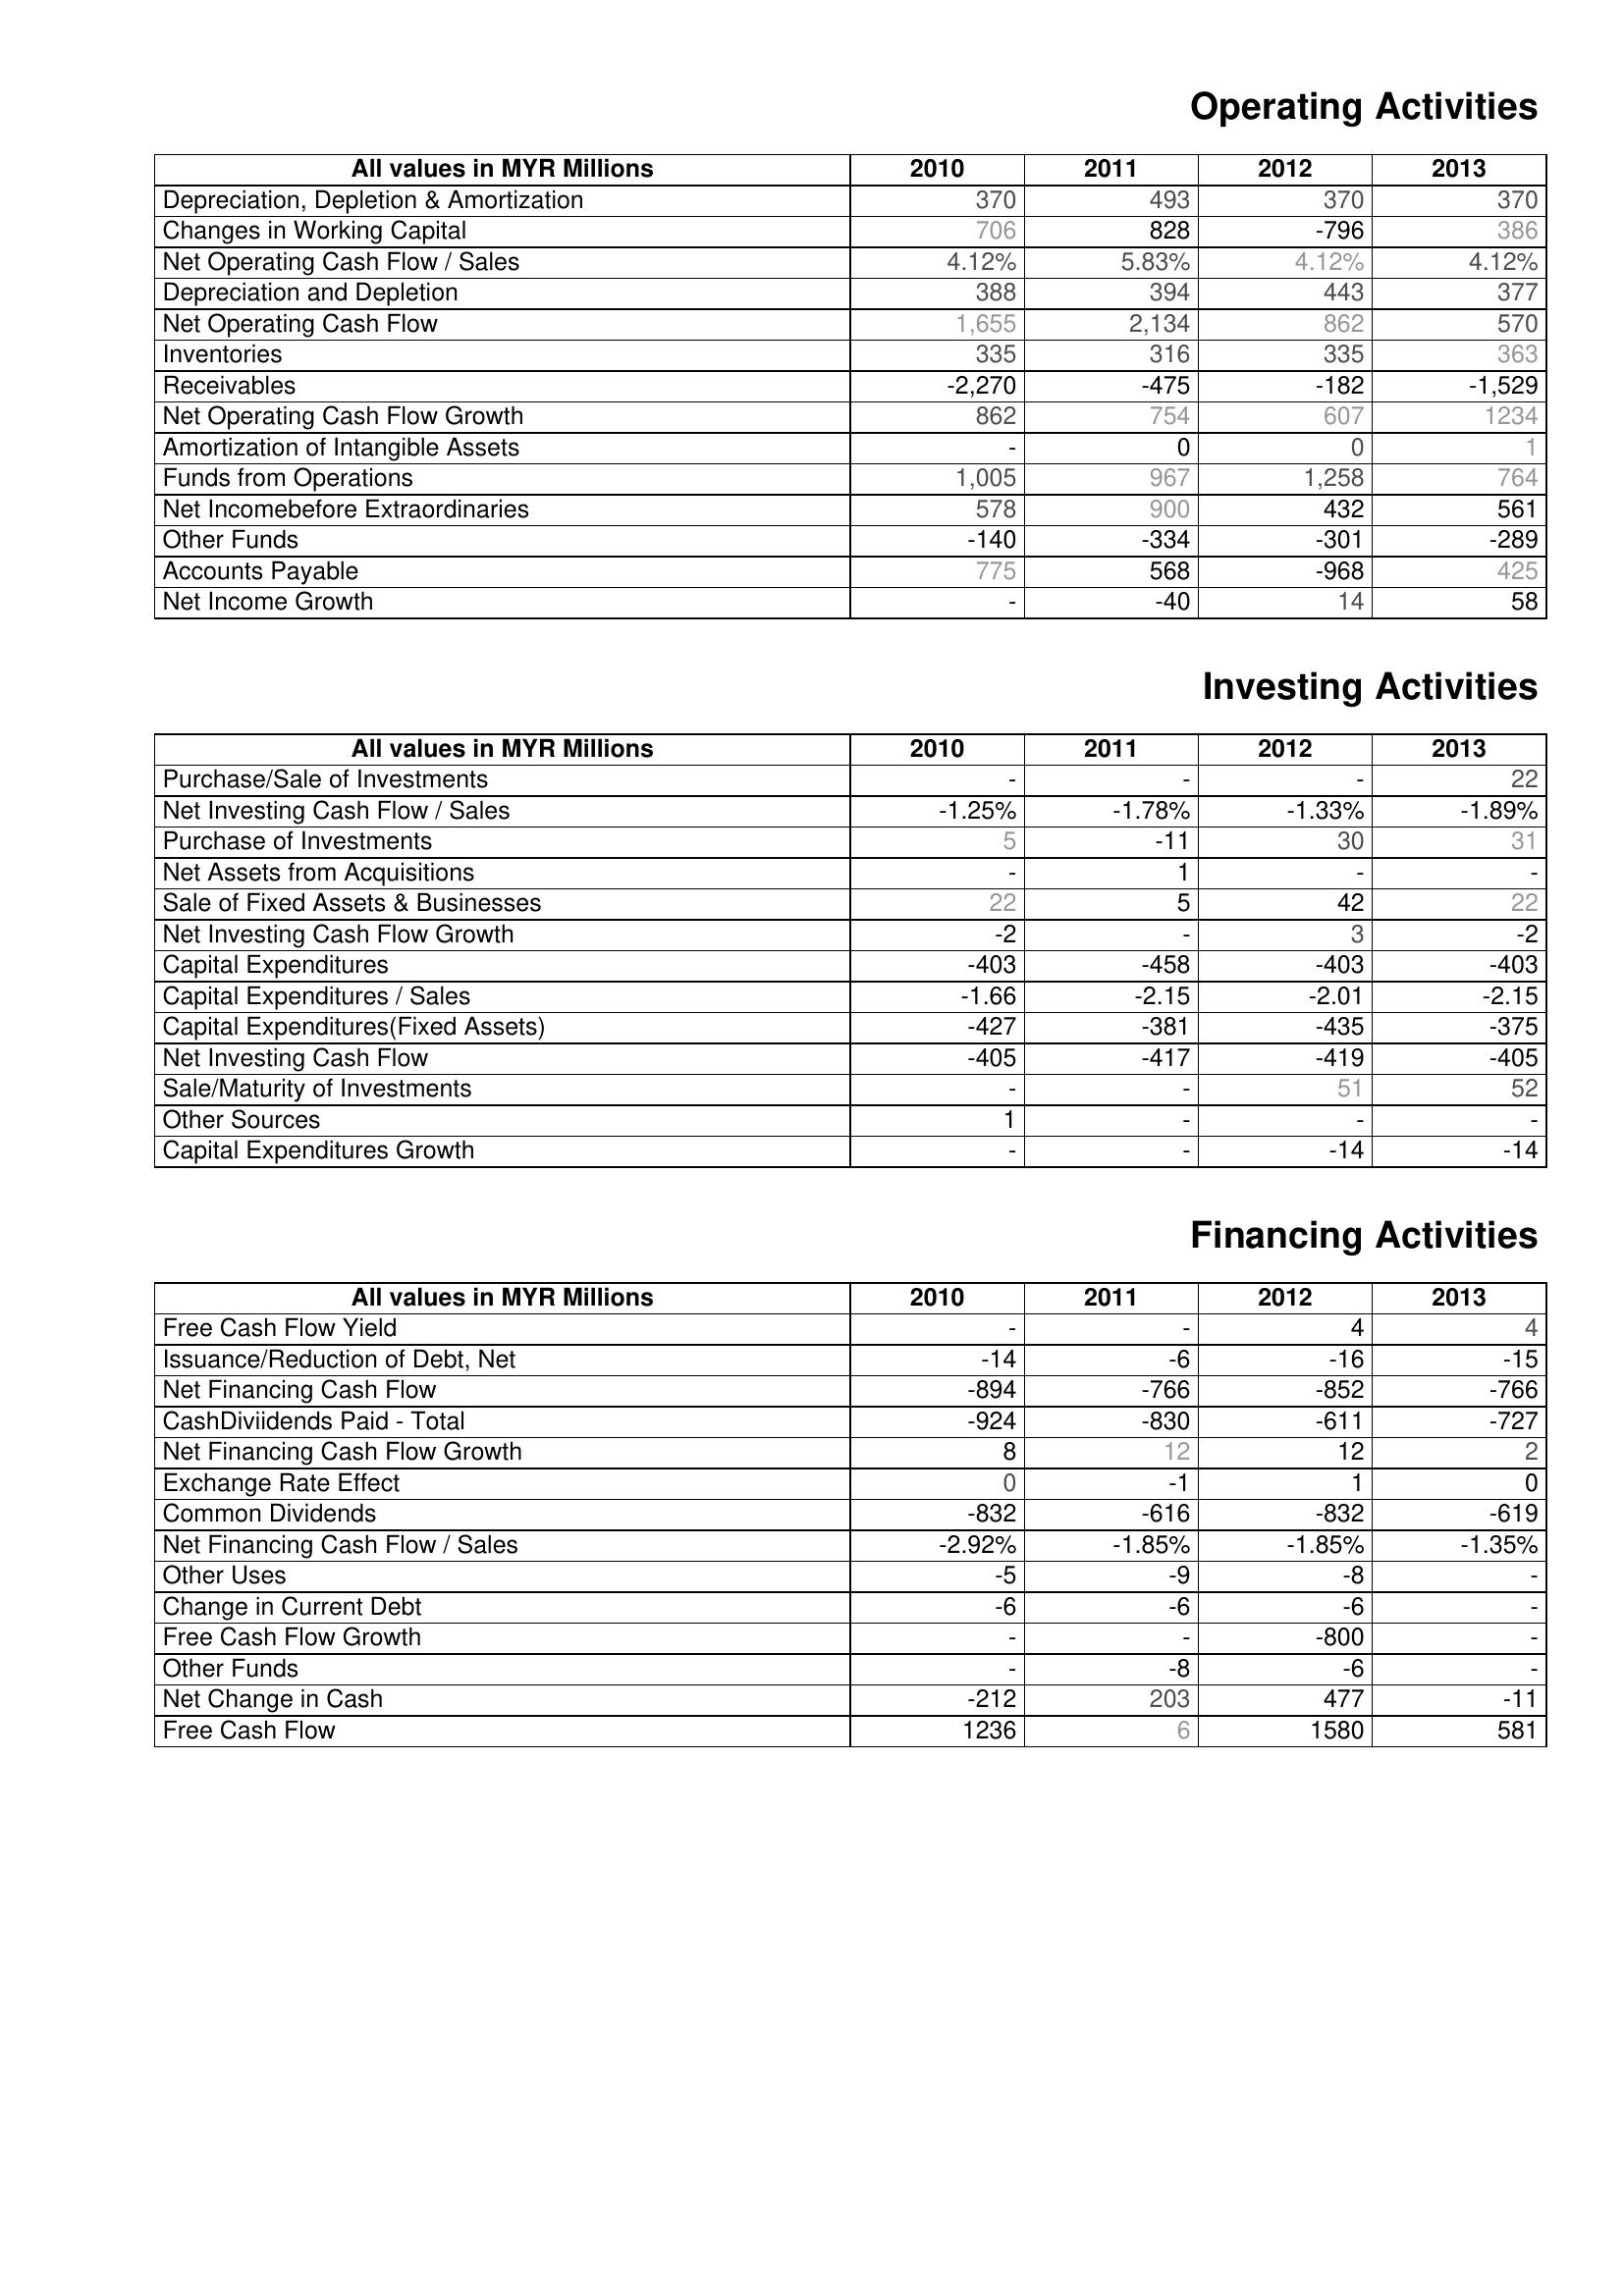
2010: Operating Activities: Depreciation, Depletion & Amortization: 370
Changes in Working Capital: 706
Net Operating Cash Flow / Sales: 4.12%
Depreciation and Depletion: 388
Net Operating Cash Flow: 1,655
Inventories: 335
Receivables: -2,270
Net Operating Cash Flow Growth: 862
Amortization of Intangible Assets: -
Funds from Operations: 1,005
Net Incomebefore Extraordinaries: 578
Other Funds: -140
Accounts Payable: 775
Net Income Growth: -
Investing Activities: Purchase/Sale of Investments: -
Net Investing Cash Flow / Sales: -1.25%
Purchase of Investments: 5
Net Assets from Acquisitions: -
Sale of Fixed Assets & Businesses: 22
Net Investing Cash Flow Growth: -2
Capital Expenditures: -403
Capital Expenditures / Sales: -1.66
Capital Expenditures(Fixed Assets): -427
Net Investing Cash Flow: -405
Sale/Maturity of Investments: -
Other Sources: 1
Capital Expenditures Growth: -
Financing Activities: Free Cash Flow Yield: -
Issuance/Reduction of Debt, Net: -14
Net Financing Cash Flow: -894
CashDiviidends Paid - Total: -924
Net Financing Cash Flow Growth: 8
Exchange Rate Effect: 0
Common Dividends: -832
Net Financing Cash Flow / Sales: -2.92%
Other Uses: -5
Change in Current Debt: -6
Free Cash Flow Growth: -
Other Funds: -
Net Change in Cash: -212
Free Cash Flow: 1236
2011: Operating Activities: Depreciation, Depletion & Amortization: 493
Changes in Working Capital: 828
Net Operating Cash Flow / Sales: 5.83%
Depreciation and Depletion: 394
Net Operating Cash Flow: 2,134
Inventories: 316
Receivables: -475
Net Operating Cash Flow Growth: 754
Amortization of Intangible Assets: 0
Funds from Operations: 967
Net Incomebefore Extraordinaries: 900
Other Funds: -334
Accounts Payable: 568
Net Income Growth: -40
Investing Activities: Purchase/Sale of Investments: -
Net Investing Cash Flow / Sales: -1.78%
Purchase of Investments: -11
Net Assets from Acquisitions: 1
Sale of Fixed Assets & Businesses: 5
Net Investing Cash Flow Growth: -
Capital Expenditures: -458
Capital Expenditures / Sales: -2.15
Capital Expenditures(Fixed Assets): -381
Net Investing Cash Flow: -417
Sale/Maturity of Investments: -
Other Sources: -
Capital Expenditures Growth: -
Financing Activities: Free Cash Flow Yield: -
Issuance/Reduction of Debt, Net: -6
Net Financing Cash Flow: -766
CashDiviidends Paid - Total: -830
Net Financing Cash Flow Growth: 12
Exchange Rate Effect: -1
Common Dividends: -616
Net Financing Cash Flow / Sales: -1.85%
Other Uses: -9
Change in Current Debt: -6
Free Cash Flow Growth: -
Other Funds: -8
Net Change in Cash: 203
Free Cash Flow: 6
2012: Operating Activities: Depreciation, Depletion & Amortization: 370
Changes in Working Capital: -796
Net Operating Cash Flow / Sales: 4.12%
Depreciation and Depletion: 443
Net Operating Cash Flow: 862
Inventories: 335
Receivables: -182
Net Operating Cash Flow Growth: 607
Amortization of Intangible Assets: 0
Funds from Operations: 1,258
Net Incomebefore Extraordinaries: 432
Other Funds: -301
Accounts Payable: -968
Net Income Growth: 14
Investing Activities: Purchase/Sale of Investments: -
Net Investing Cash Flow / Sales: -1.33%
Purchase of Investments: 30
Net Assets from Acquisitions: -
Sale of Fixed Assets & Businesses: 42
Net Investing Cash Flow Growth: 3
Capital Expenditures: -403
Capital Expenditures / Sales: -2.01
Capital Expenditures(Fixed Assets): -435
Net Investing Cash Flow: -419
Sale/Maturity of Investments: 51
Other Sources: -
Capital Expenditures Growth: -14
Financing Activities: Free Cash Flow Yield: 4
Issuance/Reduction of Debt, Net: -16
Net Financing Cash Flow: -852
CashDiviidends Paid - Total: -611
Net Financing Cash Flow Growth: 12
Exchange Rate Effect: 1
Common Dividends: -832
Net Financing Cash Flow / Sales: -1.85%
Other Uses: -8
Change in Current Debt: -6
Free Cash Flow Growth: -800
Other Funds: -6
Net Change in Cash: 477
Free Cash Flow: 1580
2013: Operating Activities: Depreciation, Depletion & Amortization: 370
Changes in Working Capital: 386
Net Operating Cash Flow / Sales: 4.12%
Depreciation and Depletion: 377
Net Operating Cash Flow: 570
Inventories: 363
Receivables: -1,529
Net Operating Cash Flow Growth: 1234
Amortization of Intangible Assets: 1
Funds from Operations: 764
Net Incomebefore Extraordinaries: 561
Other Funds: -289
Accounts Payable: 425
Net Income Growth: 58
Investing Activities: Purchase/Sale of Investments: 22
Net Investing Cash Flow / Sales: -1.89%
Purchase of Investments: 31
Net Assets from Acquisitions: -
Sale of Fixed Assets & Businesses: 22
Net Investing Cash Flow Growth: -2
Capital Expenditures: -403
Capital Expenditures / Sales: -2.15
Capital Expenditures(Fixed Assets): -375
Net Investing Cash Flow: -405
Sale/Maturity of Investments: 52
Other Sources: -
Capital Expenditures Growth: -14
Financing Activities: Free Cash Flow Yield: 4
Issuance/Reduction of Debt, Net: -15
Net Financing Cash Flow: -766
CashDiviidends Paid - Total: -727
Net Financing Cash Flow Growth: 2
Exchange Rate Effect: 0
Common Dividends: -619
Net Financing Cash Flow / Sales: -1.35%
Other Uses: -
Change in Current Debt: -
Free Cash Flow Growth: -
Other Funds: -
Net Change in Cash: -11
Free Cash Flow: 581